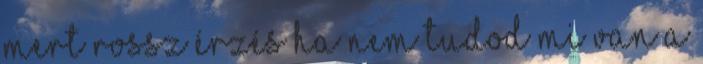
mert rossz érzés ha nem tudod mi van a